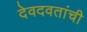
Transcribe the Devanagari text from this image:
देवदवतांची